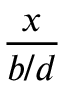
\frac { x } { b / d }